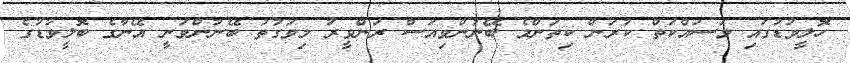
ހޮލީވުޑުގައި މަސައްކަތް ކުރަން ކިތަންމެ ބޭނުންވިއަސް ރަންވީރު މިވަގުތު ބޭނުންވަނީ އޭނާގެ ބޮލީވުޑުގެ